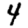
Digit: 4